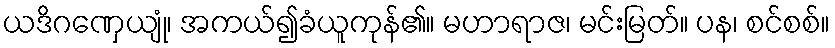
ယဒိဂဏှေယျုံ၊ အကယ်၍ခံယူကုန်၏။ မဟာရာဇ၊ မင်းမြတ်။ ပန၊ စင်စစ်။